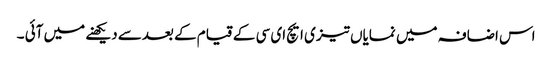
اس اضافہ میں نمایاں تیزی ایچ ای سی کے قیام کے بعدسے دیکھنے میں آئی ۔